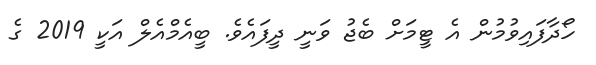
ހޯދާފައިވުމުން އެ ޓީމަށް ބެޖު ވަނީ ދީފައެވެ. ބީއެމްއެލް އަކީ 2019 ގެ